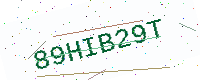
Text: 89HIB29T